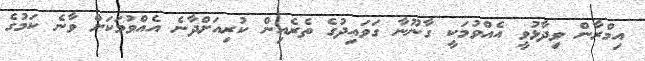
އިމްރާން ވިދާޅުވީ އެއްވުމަކީ ގާނޫނާ ގަވައިދުގެ ތެރެއިން ކުރިއަށްދާނެ އެއްވުމަކަށް ވާނެ ކަމުގެ